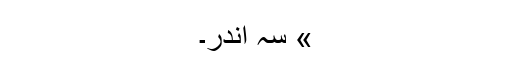
» سہ اندر۔